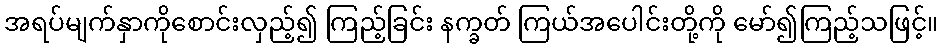
အရပ်မျက်နှာကိုစောင်းလှည့်၍ ကြည့်ခြင်း နက္ခတ် ကြယ်အပေါင်းတို့ကို မော်၍ကြည့်သဖြင့်။